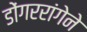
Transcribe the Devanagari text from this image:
डोंगररांगेने